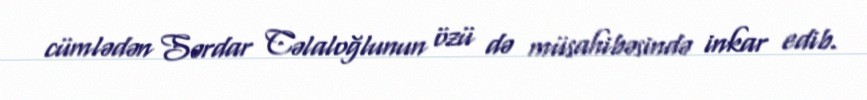
cümlədən Sərdar Cəlaloğlunun özü də müsahibəsində inkar edib.